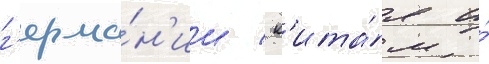
г'ерма́н'ии / к'ита́я и́